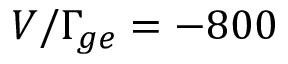
V / \Gamma _ { g e } = - 8 0 0